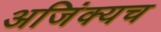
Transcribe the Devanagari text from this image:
अजिंक्यच